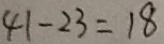
4 1 - 2 3 = 1 8